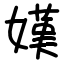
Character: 嫨